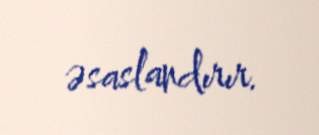
əsaslandırır.